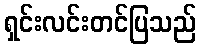
ရှင်းလင်းတင်ပြသည်